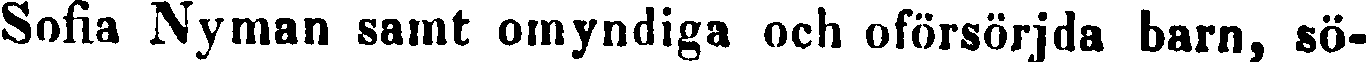
Sofia Nyman samt omyndiga och oförsörjda barn, sö-